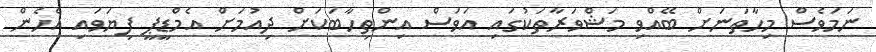
ނަމަވެސް މިހާތަނަށް ބޭއްވި މަޝްވަރާތަކުގައި އަވަސް އިންތިހާބަކަށް ދިއުމަށް އެމްޑީޕީ ފިޔަވައި އެހެން